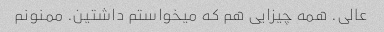
عالی. همه چیزایی هم که میخواستم داشتین. ممنونم